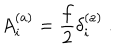
A _ { i } ^ { ( a ) } = \frac { f } { 2 } \delta _ { i } ^ { ( a ) } ~ .